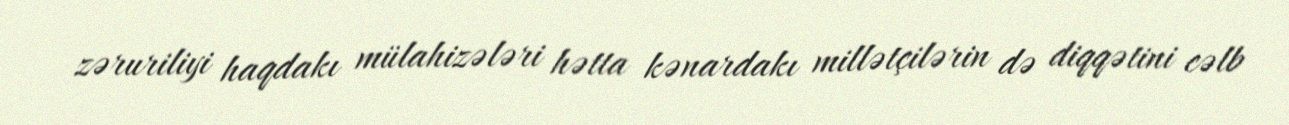
zəruriliyi haqdakı mülahizələri hətta kənardakı millətçilərin də diqqətini cəlb